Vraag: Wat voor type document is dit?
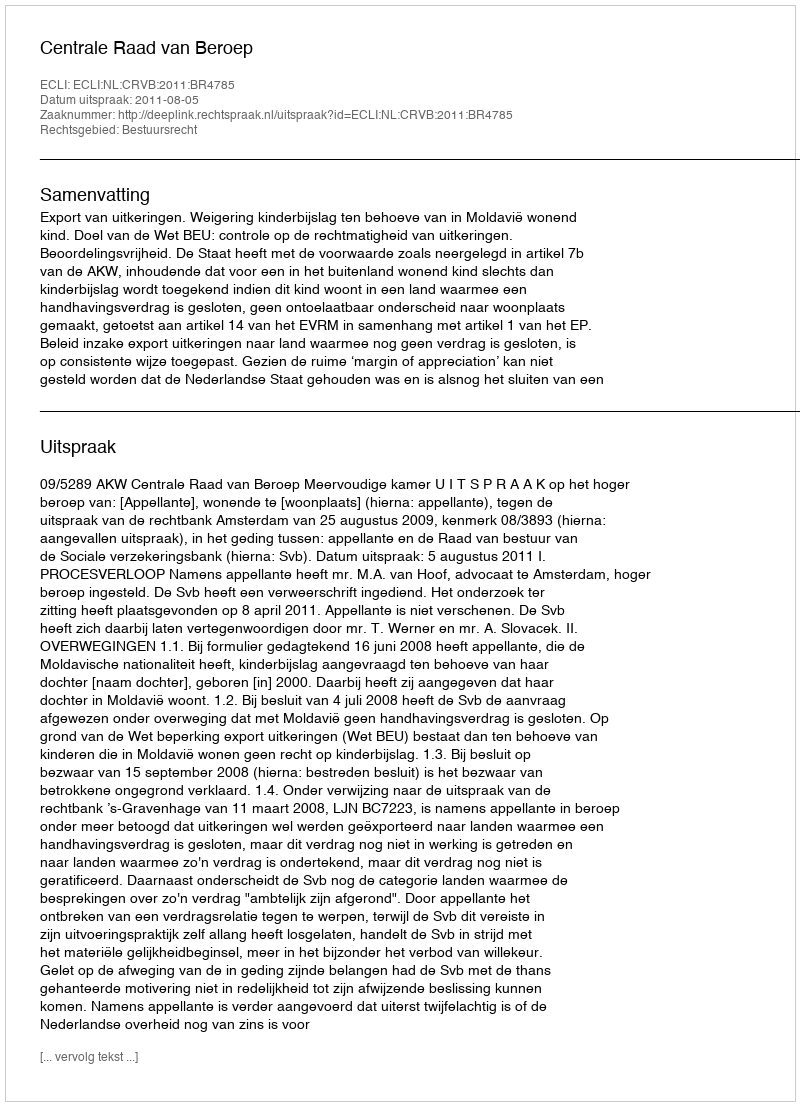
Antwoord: Uitspraak